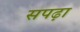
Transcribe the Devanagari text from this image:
सपढ़ा